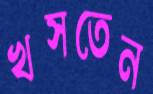
খসতেন